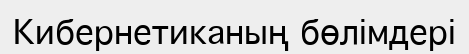
Кибернетиканың бөлімдері